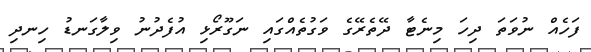
ފަހެއް ނުވަތަ ދިހަ މިނެޓާ ދޭތެރޭގެ ވަގުތެއްގައި ނަގޫރޯޅި އުފެދުނު ވިލާގަނޑު ހިނދި